Report of the Indian Hemp Drugs Commission, 1894-1895 - Volume II
Year: 1894
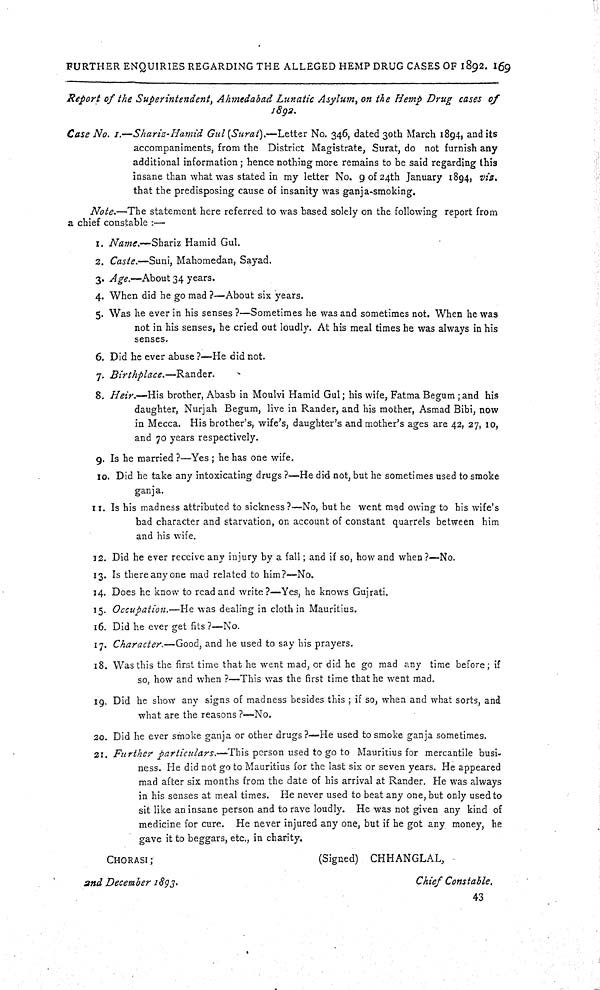
FURTHER ENQUIRIES REGARDING THE ALLEGED HEMP DRUG CASES OF 1892. 169
Report of the Superintendent, Ahmedabad Lunatic Asylum, on the Hemp Drug cases of
1892.
Case No. 1.—Shariz-Hamid Gul (Surat).—Letter No. 346, dated 30th March 1894, and its
accompaniments, from the District Magistrate, Surat, do not furnish any
additional information; hence nothing more remains to be said regarding this
insane than what was stated in my letter No. 9 of 24th January 1894, viz.
that the predisposing cause of insanity was ganja-smoking.
Note.—The statement here referred to was based solely on the following report from
a chief constable:—
1. Name.—Shariz Hamid Gul.
2. Caste.—Suni, Mahomedan, Sayad.
3. Age.—About 34 years.
4. When did he go mad?—About six years.
5. Was he ever in his senses?—Sometimes he was and sometimes not. When he was
not in his senses, he cried out loudly. At his meal times he was always in his
senses.
6. Did he ever abuse?—He did not.
7. Birthplace.—Rander.
8. Heir.—His brother, Abasb in Moulvi Hamid Gul; his wife, Fatma Begum; and his
daughter, Nurjah Begum, live in Rander, and his mother, Asmad Bibi, now
in Mecca. His brother's, wife's, daughter's and mother's ages are 42, 27, 10,
and 70 years respectively.
9. Is he married?—Yes; he has one wife.
10. Did he take any intoxicating drugs?—He did not, but he sometimes used to smoke
ganja.
11. Is his madness attributed to sickness?—No, but he went mad owing to his wife's
bad character and starvation, on account of constant quarrels between him
and his wife.
12. Did he ever receive any injury by a fall; and if so, how and when?—No.
13. Is there any one mad related to him?—No.
14. Does he know to read and write?—Yes, he knows Gujrati.
15. Occupation.—He was dealing in cloth in Mauritius.
16. Did he ever get fits?—No.
17. Character.—Good, and he used to say his prayers.
18. Was this the first time that he went mad, or did he go mad any time before; if
so, how and when?—This was the first time that he went mad.
19. Did he show any signs of madness besides this; if so, when and what sorts, and
what are the reasons?—No.
20. Did he ever smoke ganja or other drugs?—He used to smoke ganja sometimes.
21. Further particulars.—This person used to go to Mauritius for mercantile busi-
ness. He did not go to Mauritius for the last six or seven years. He appeared
mad after six months from the date of his arrival at Rander. He was always
in his senses at meal times. He never used to beat any one, but only used to
sit like an insane person and to rave loudly. He was not given any kind of
medicine for cure. He never injured any one, but if he got any money, he
gave it to beggars, etc., in charity.
CHORASI;
(Signed) CHHANGLAL,
and December 1893.
Chief Constable.
43